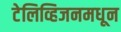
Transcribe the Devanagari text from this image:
टेलिव्हिजनमधून